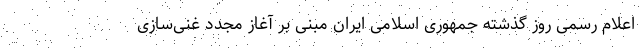
اعلام رسمی روز گذشته جمهوری اسلامی ایران مبنی بر آغاز مجدد غنی‌سازی